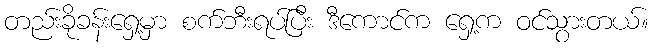
တည်းခိုခန်းရှေ့မှာ စက်ဘီးရပ်ပြီး ဒီကောင်က ရှေ့က ဝင်သွားတယ်။